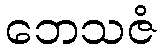
ဘေသဇံ